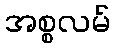
အစ္စလမ်